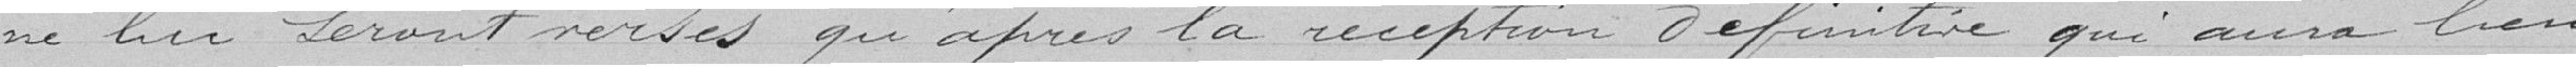
ne lui seront versés qu'après la réception définitive qui aura lieu